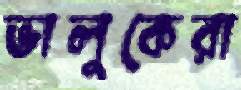
ভালুকেরা